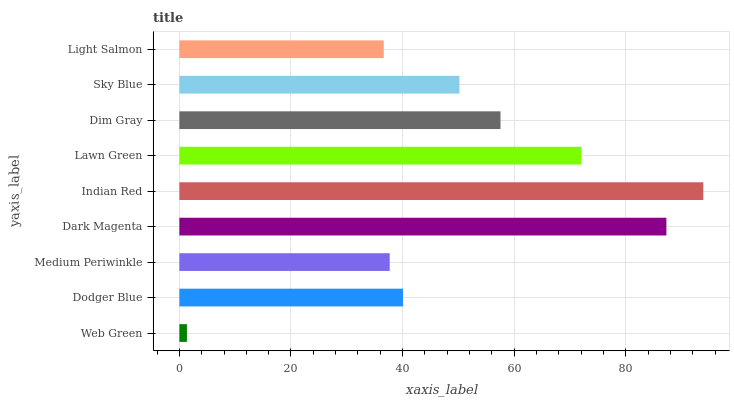
| yaxis_label | bars |
 | --- | --- |
 | Web Green | 1.36 |
 | Dodger Blue | 40.1 |
 | Medium Periwinkle | 37.7 |
 | Dark Magenta | 87.3 |
 | Indian Red | 93.9 |
 | Lawn Green | 72 |
 | Dim Gray | 57.5 |
 | Sky Blue | 50.2 |
 | Light Salmon | 36.6 |